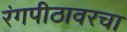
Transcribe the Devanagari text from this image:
रंगपीठावरचा